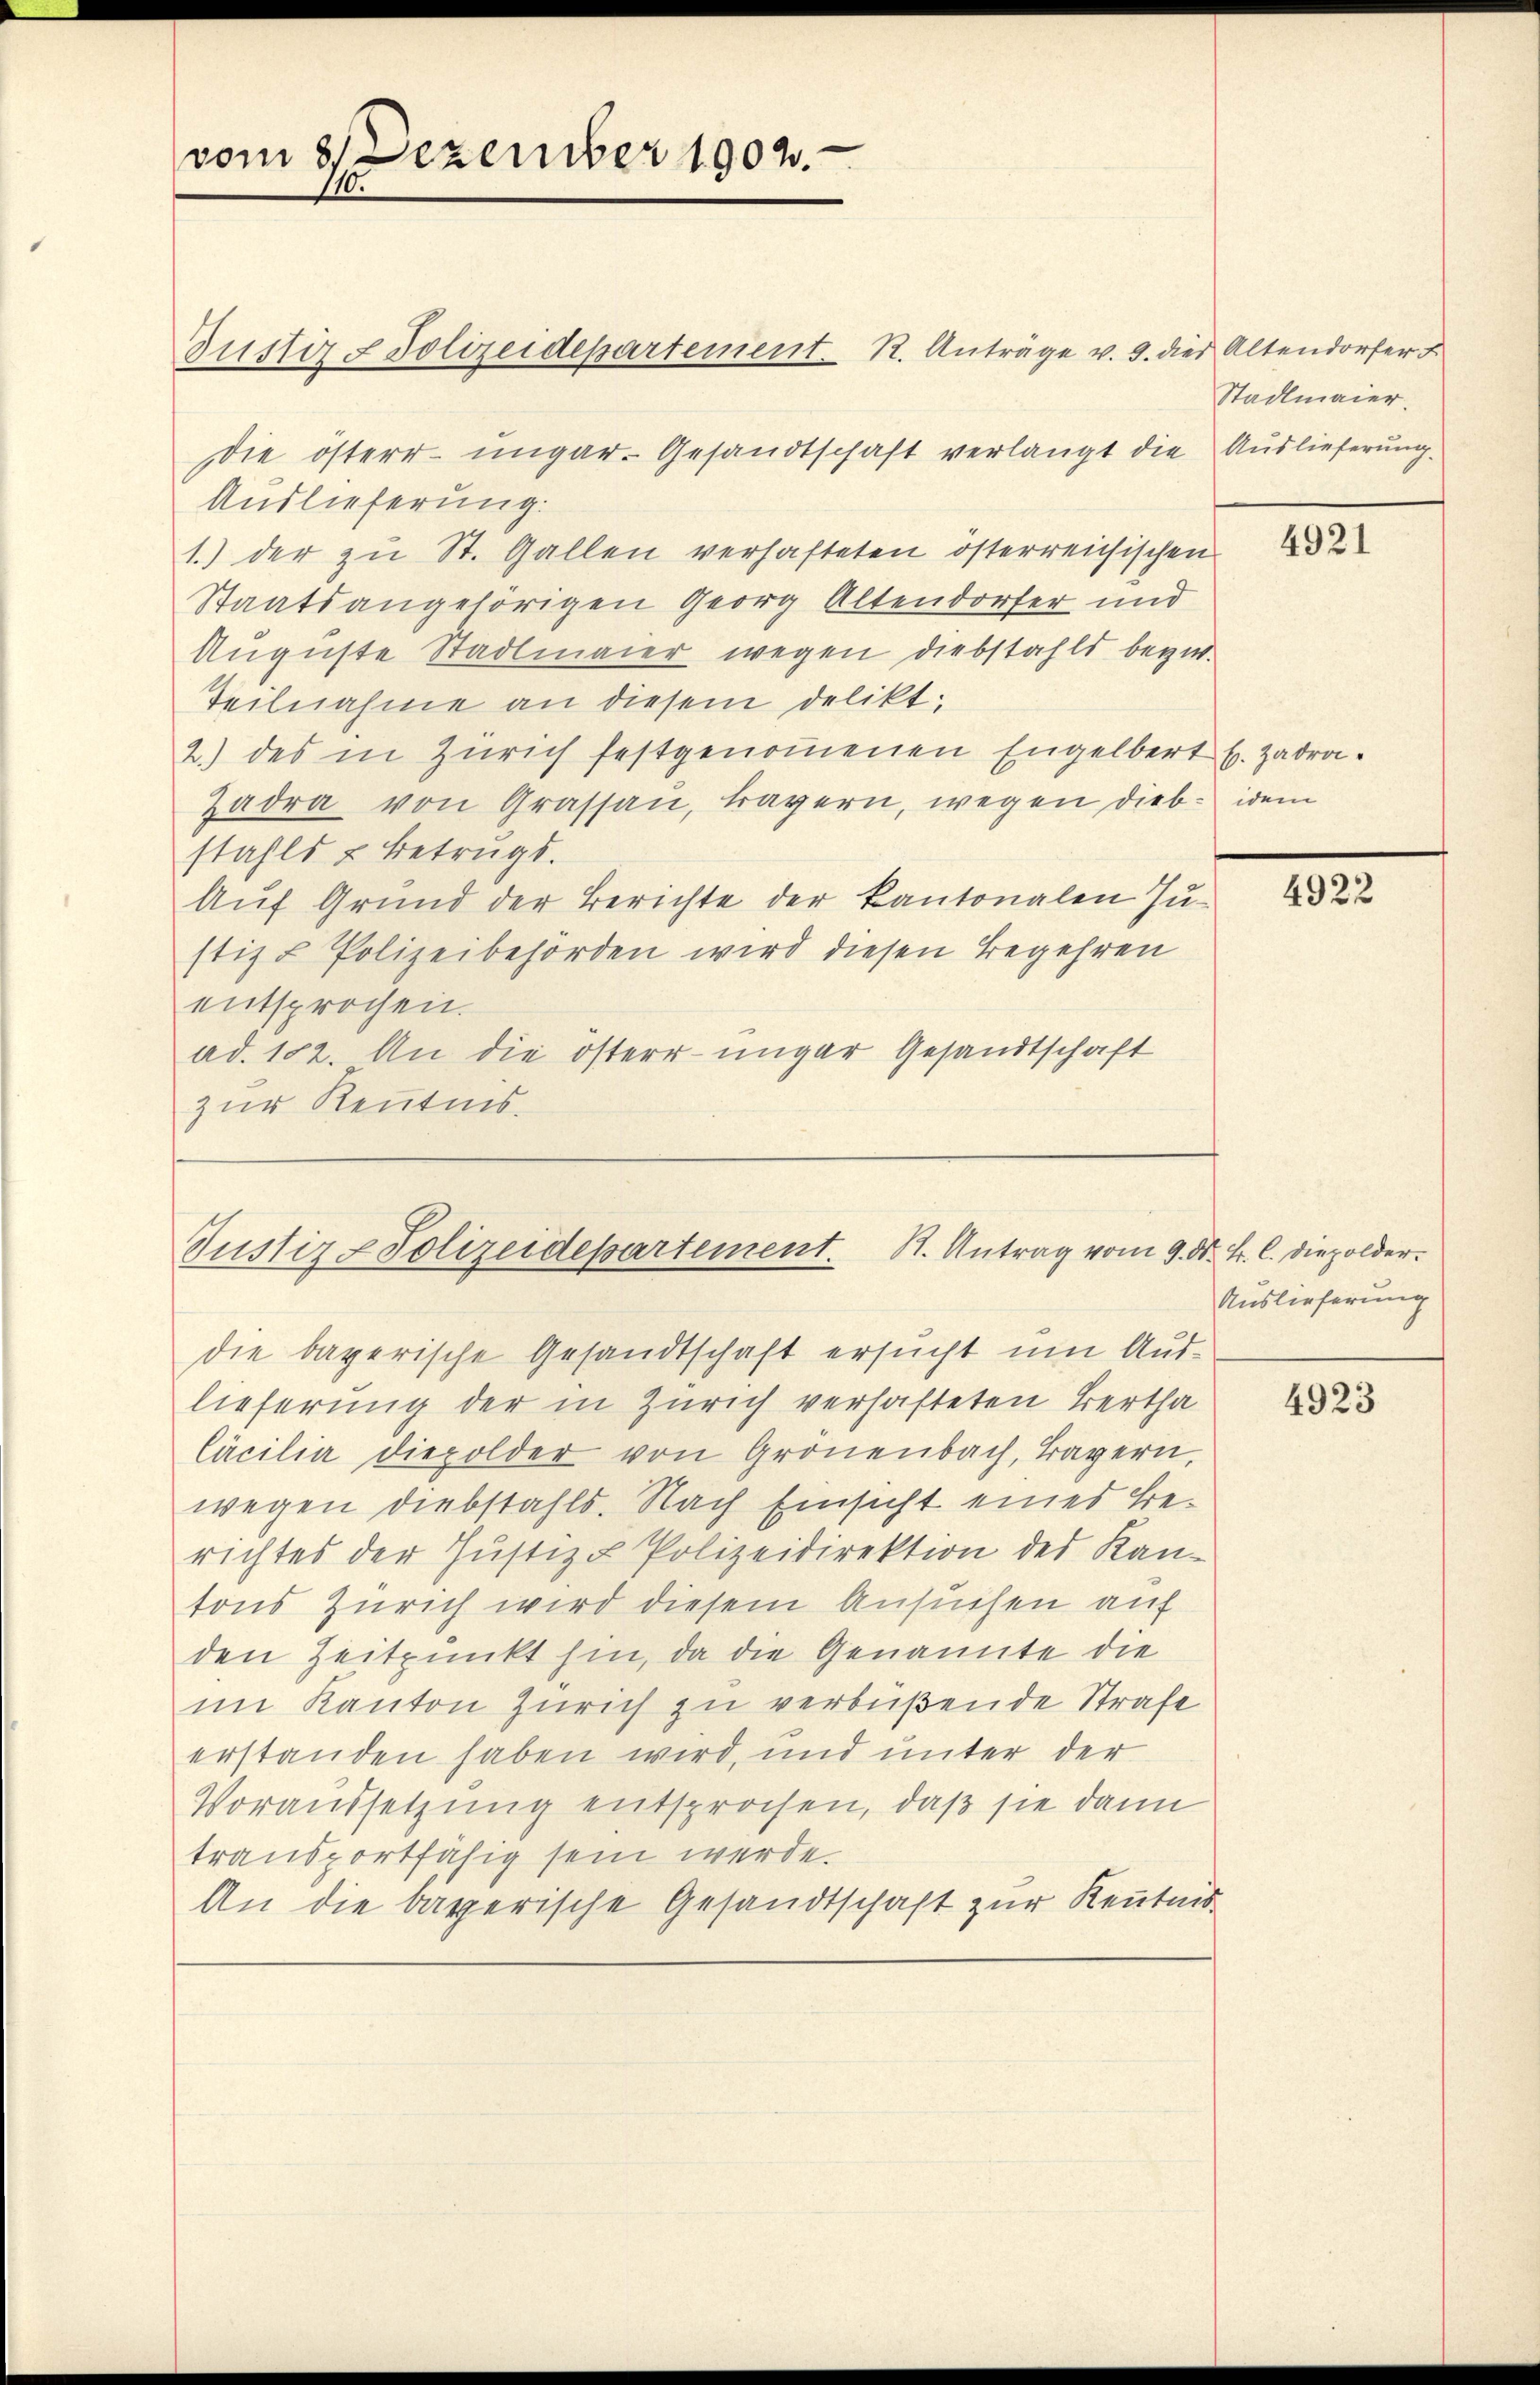
vom 8. Dezember 1902.

Die österr. ungar. Gesandtschaft verlangt die Auslieferung
Auslieferung:
1.) der zu St. Gallen verhafteten österreichischen
Staatsangehörigen Georg Altendorfer und
Auguste Stadtmaier wegen diebstahls bezw.
Teilnahme an diesem delikt,
2.) des in Zürich festgenommenen Engelbert s. Zadra
Zadra von Grassau, travern, wegen dieb- idem
stahls & Betrugs.
Auf Grund der Berichte der kantonalen Justiz & Polizeibehörden wird diesen Begehren
entsprochen.
ad. 182. An die österrunger Gesandtschaft
zur Kenntnis.

Justiz & Polizeidepartement. R. Anträge v. 3. dies Altendorfer

Cäcilia diepolder von Grönenbach, Bayern,
wegen diebstahls. Nach Einsicht eines Berichtes der Justiz & Polizeidirektion des Kantons Zürich wird diesem Ansuchen auf
den Zeitpunkt hin, da die Genannte die
im Kanton Zürich zu verbüßende Strafe
erstanden haben wird, und unter der
Voraussetzung entsprochen, daß sie dann
transportfähig sein werde.
An die bägerische Gesandtschaft zur Kenntnis

Justiz & Polizeidepartement. B. Antrag vom 9. N. F. C. Diepolder.

die bayerische Gesandtschaft ersucht um Auslieferung der in Zürich verhafteten Bertha

Stadlmaier.

4921

4922

Auslieferung

4923